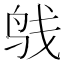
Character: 𲍯